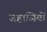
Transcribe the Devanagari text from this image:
जहाजियों